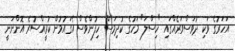
އަހަރުގެ ވަކި ދުވަސްވަރެއްގައި "ހިސްލަ" މަހުގެ ކުދިމަސް ހިފުންވެސް އެގައުމުން ކުރީއްސުރެ އޮންނަނީ